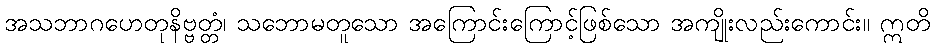
အသဘာဂဟေတုနိဗ္ဗတ္တံ၊ သဘောမတူသော အကြောင်းကြောင့်ဖြစ်သော အကျိုးလည်းကောင်း။ ဣတိ